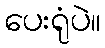
ပေးရုံပဲ။